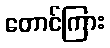
တောင်ကြား